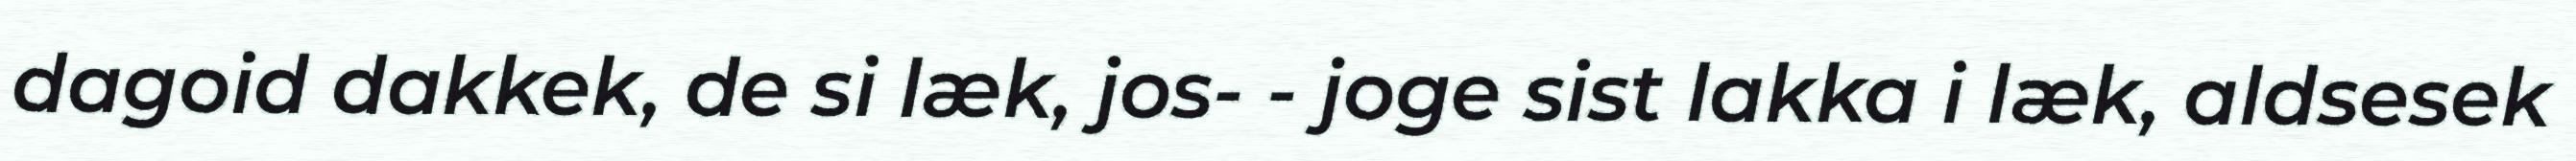
dagoid dakkek, de si læk, jos- - joge sist lakka i læk, aldsesek